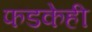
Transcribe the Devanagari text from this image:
फडकेही